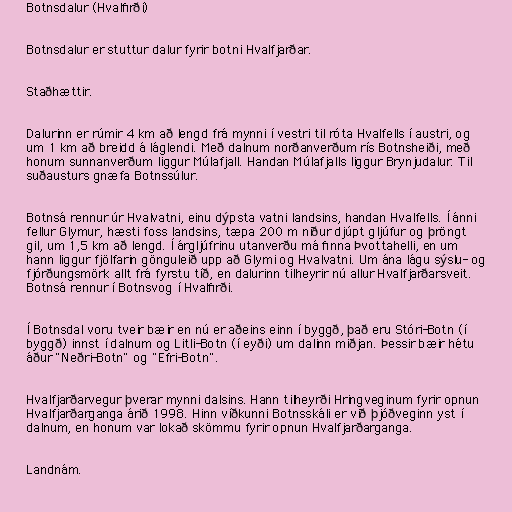
Botnsdalur (Hvalfirði)

Botnsdalur er stuttur dalur fyrir botni Hvalfjarðar.

Staðhættir.

Dalurinn er rúmir 4 km að lengd frá mynni í vestri til róta Hvalfells í austri, og
um 1 km að breidd á láglendi. Með dalnum norðanverðum rís Botnsheiði, með
honum sunnanverðum liggur Múlafjall. Handan Múlafjalls liggur Brynjudalur. Til
suðausturs gnæfa Botnssúlur.

Botnsá rennur úr Hvalvatni, einu dýpsta vatni landsins, handan Hvalfells. Í ánni
fellur Glymur, hæsti foss landsins, tæpa 200 m niður djúpt gljúfur og þröngt
gil, um 1,5 km að lengd. Í árgljúfrinu utanverðu má finna Þvottahelli, en um
hann liggur fjölfarin gönguleið upp að Glymi og Hvalvatni. Um ána lágu sýslu- og
fjórðungsmörk allt frá fyrstu tíð, en dalurinn tilheyrir nú allur Hvalfjarðarsveit.
Botnsá rennur í Botnsvog í Hvalfirði.

Í Botnsdal voru tveir bæir en nú er aðeins einn í byggð, það eru Stóri-Botn (í
byggð) innst í dalnum og Litli-Botn (í eyði) um dalinn miðjan. Þessir bæir hétu
áður "Neðri-Botn" og "Efri-Botn".

Hvalfjarðarvegur þverar mynni dalsins. Hann tilheyrði Hringveginum fyrir opnun
Hvalfjarðarganga árið 1998. Hinn víðkunni Botnsskáli er við þjóðveginn yst í
dalnum, en honum var lokað skömmu fyrir opnun Hvalfjarðarganga.

Landnám.